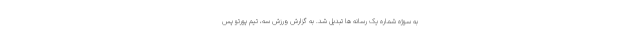
به سوژه شماره یک رسانه ها تبدیل شد. به گزارش ورزش سه، تیم پورتو پس